255_413270_UFO's_and_Defense_What_Should_we_Prepare_For
Agency: NASA
Page 31
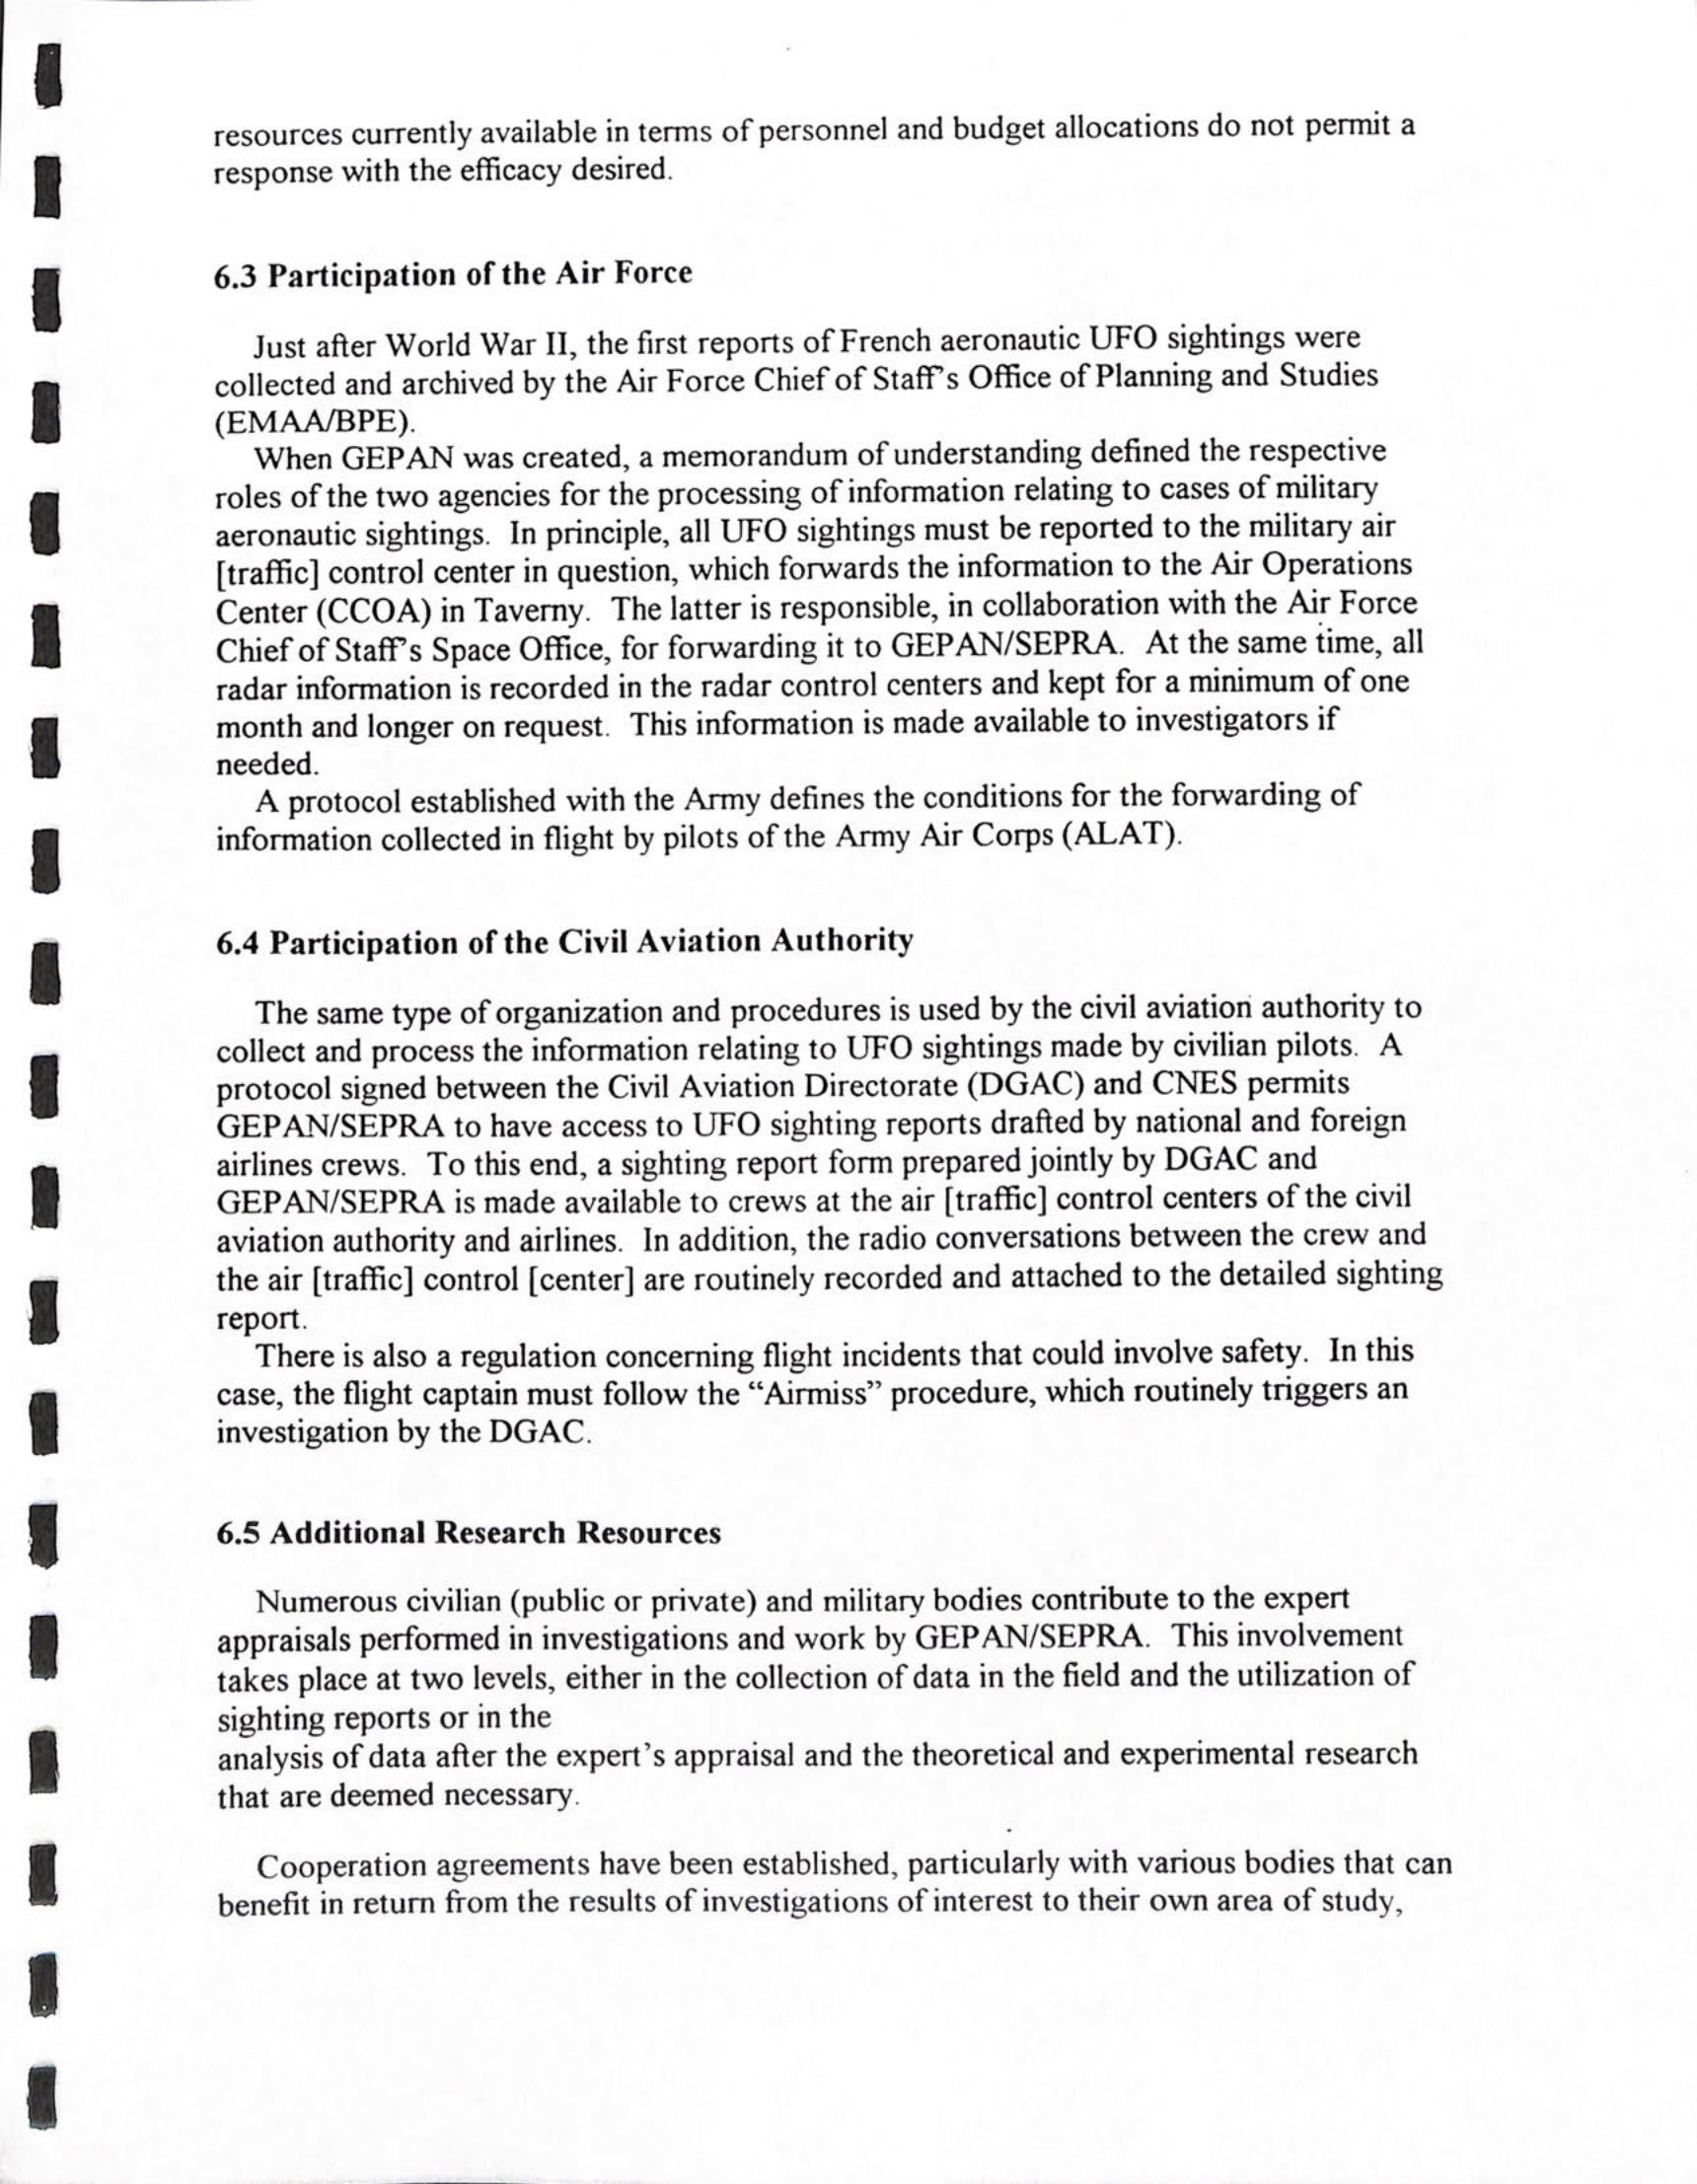